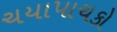
ચયાપાચકો